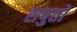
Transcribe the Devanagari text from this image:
सपुतो